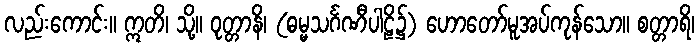
လည်းကောင်း။ ဣတိ၊ သို့။ ဝုတ္တာနိ၊ (ဓမ္မသင်္ဂဏီပါဠိ၌) ဟောတော်မူအပ်ကုန်သော။ စတ္တာရိ၊